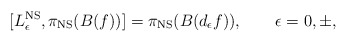
\begin{align*}[L_\epsilon^{\rm NS}, \pi_{\rm NS}(B(f))]= \pi_{\rm NS}(B(d_\epsilon f)), \qquad\epsilon = 0, \pm,\end{align*}